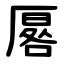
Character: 厬